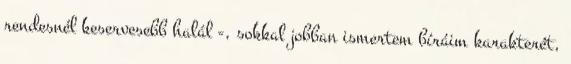
rendesnél keservesebb halál -, sokkal jobban ismertem bíráim karakterét,